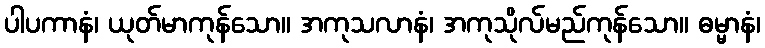
ပါပကာနံ၊ ယုတ်မာကုန်သော။ အကုသလာနံ၊ အကုသိုလ်မည်ကုန်သော။ ဓမ္မာနံ၊